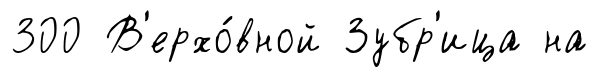
300 В'ерхо́вной Зубр'ица на